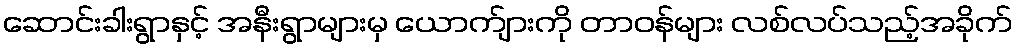
ဆောင်းခါးရွာနှင့် အနီးရွာများမှ ယောက်ျားကို တာဝန်များ လစ်လပ်သည့်အခိုက်